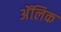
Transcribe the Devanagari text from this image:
अॅलिक